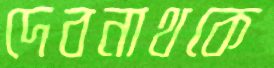
দেবনাথকে